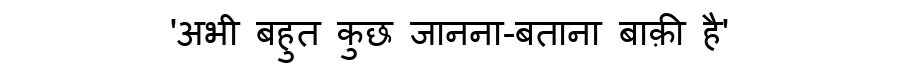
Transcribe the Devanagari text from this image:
'अभी बहुत कुछ जानना-बताना बाक़ी है'